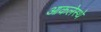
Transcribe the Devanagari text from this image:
आकलेस्थे